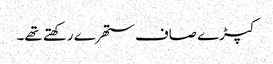
کپڑے صاف ستھرے رکھتے تھے۔